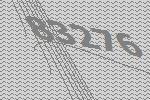
83276